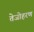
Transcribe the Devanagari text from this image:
तेजोहरण